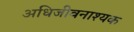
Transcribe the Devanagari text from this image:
अधिजीवनाश्यक